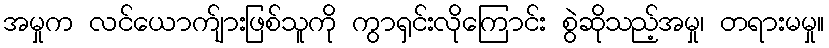
အမှုက လင်ယောက်ျားဖြစ်သူကို ကွာရှင်းလိုကြောင်း စွဲဆိုသည့်အမှု၊ တရားမမှု။